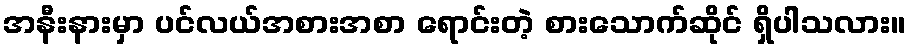
အနီးနားမှာ ပင်လယ်အစားအစာ ရောင်းတဲ့ စားသောက်ဆိုင် ရှိပါသလား။